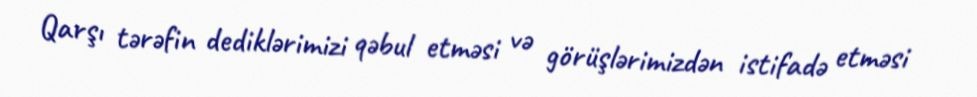
Qarşı tərəfin dediklərimizi qəbul etməsi və görüşlərimizdən istifadə etməsi